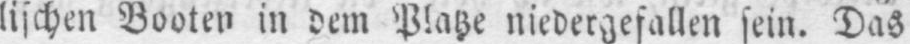
lischen Booten in dem Platze niedergefallen sein. Das